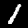
Digit: 1